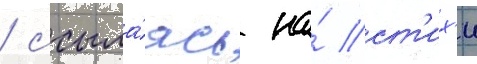
/ ссыла́ясь на́ ст'их'и